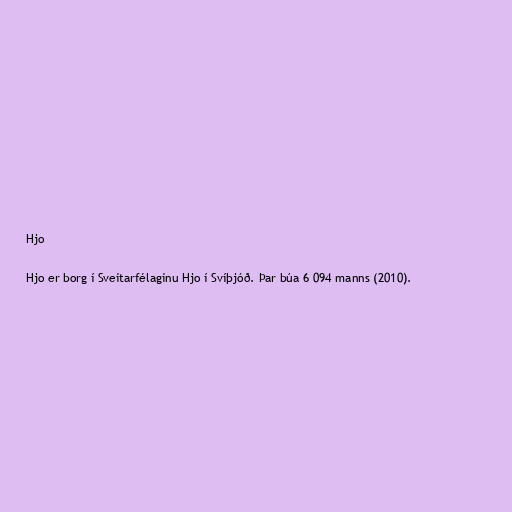
Hjo

Hjo er borg í Sveitarfélaginu Hjo í Svíþjóð. Þar búa 6 094 manns (2010).